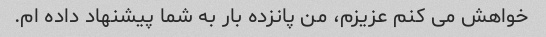
خواهش می کنم عزیزم، من پانزده بار به شما پیشنهاد داده ام.